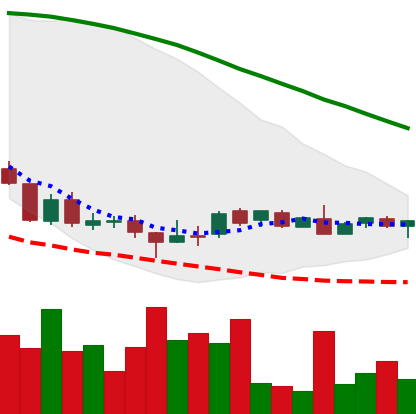
Ticker: DOGE-USD
Chart end date: 2018-08-26
Forward return: 99.418%
Label: up_7plus